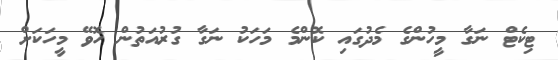
ޓިކެޓް ނަގާ މީހުންގެ މެދުގައި ކޮންމެ މަހަކު ނަގާ ގުރުއަތުން ހޮވޭ މީހަކަށް